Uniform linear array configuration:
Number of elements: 32
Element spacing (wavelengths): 0.25
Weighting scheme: cosine
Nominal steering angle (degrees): -30
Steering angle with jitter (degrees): -28.553
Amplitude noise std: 0.05
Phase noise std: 0.05

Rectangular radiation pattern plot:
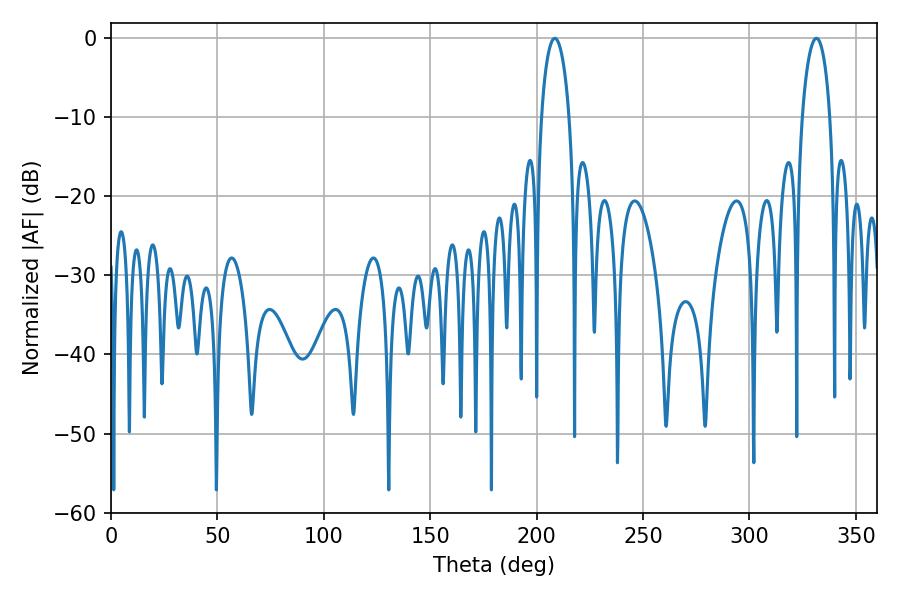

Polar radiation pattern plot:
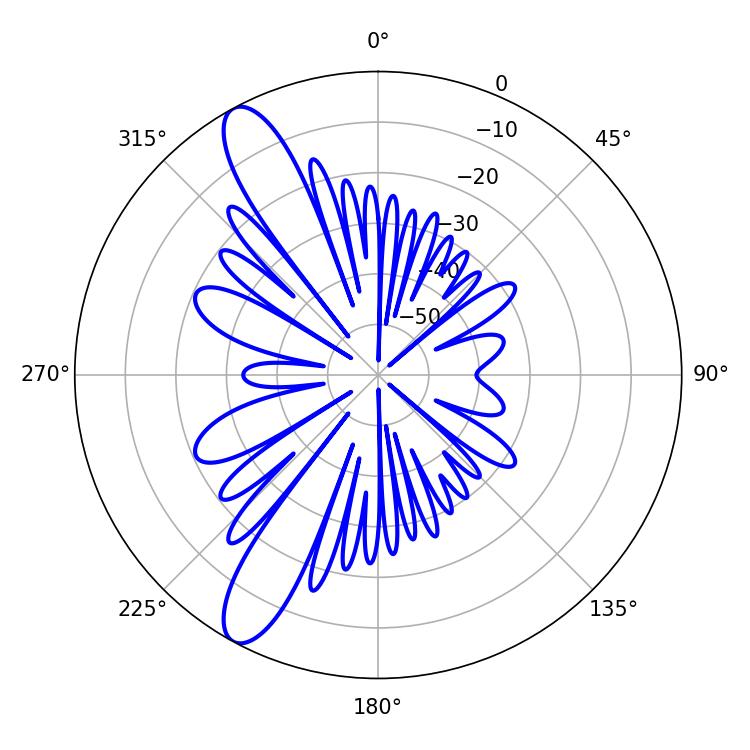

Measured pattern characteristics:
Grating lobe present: FALSE
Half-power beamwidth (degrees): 7.56
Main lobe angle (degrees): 208.62